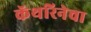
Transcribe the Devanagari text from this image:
कॅथरिनेचा